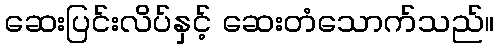
ဆေးပြင်းလိပ်နှင့် ဆေးတံသောက်သည်။